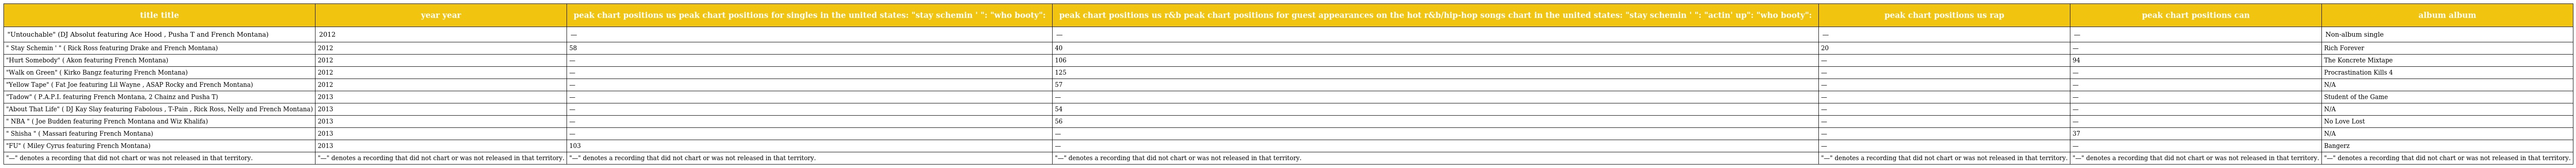
| title title | year year | peak chart positions us peak chart positions for singles in the united states: "stay schemin ' ": "who booty": | peak chart positions us r&b peak chart positions for guest appearances on the hot r&b/hip-hop songs chart in the united states: "stay schemin ' ": "actin' up": "who booty": | peak chart positions us rap | peak chart positions can | album album |
 | --- | --- | --- | --- | --- | --- | --- |
 | "Untouchable" (DJ Absolut featuring Ace Hood , Pusha T and French Montana) | 2012 | — | — | — | — | Non-album single |
 | " Stay Schemin ' " ( Rick Ross featuring Drake and French Montana) | 2012 | 58 | 40 | 20 | — | Rich Forever |
 | "Hurt Somebody" ( Akon featuring French Montana) | 2012 | — | 106 | — | 94 | The Koncrete Mixtape |
 | "Walk on Green" ( Kirko Bangz featuring French Montana) | 2012 | — | 125 | — | — | Procrastination Kills 4 |
 | "Yellow Tape" ( Fat Joe featuring Lil Wayne , ASAP Rocky and French Montana) | 2012 | — | 57 | — | — | N/A |
 | "Tadow" ( P.A.P.I. featuring French Montana, 2 Chainz and Pusha T) | 2013 | — | — | — | — | Student of the Game |
 | "About That Life" ( DJ Kay Slay featuring Fabolous , T-Pain , Rick Ross, Nelly and French Montana) | 2013 | — | 54 | — | — | N/A |
 | " NBA " ( Joe Budden featuring French Montana and Wiz Khalifa) | 2013 | — | 56 | — | — | No Love Lost |
 | " Shisha " ( Massari featuring French Montana) | 2013 | — | — | — | 37 | N/A |
 | "FU" ( Miley Cyrus featuring French Montana) | 2013 | 103 | — | — | — | Bangerz |
 | "—" denotes a recording that did not chart or was not released in that territory. | "—" denotes a recording that did not chart or was not released in that territory. | "—" denotes a recording that did not chart or was not released in that territory. | "—" denotes a recording that did not chart or was not released in that territory. | "—" denotes a recording that did not chart or was not released in that territory. | "—" denotes a recording that did not chart or was not released in that territory. | "—" denotes a recording that did not chart or was not released in that territory. |